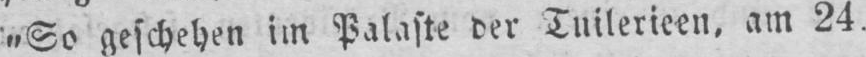
„So geschehen im Palaste der Tuilerieen, am 24.